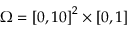
\Omega = \left[ 0 , 1 0 \right] ^ { 2 } \times [ 0 , 1 ]